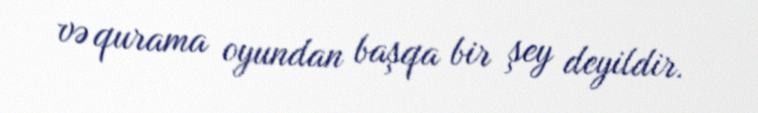
və qurama oyundan başqa bir şey deyildir.